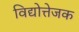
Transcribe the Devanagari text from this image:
विद्योत्तेजक